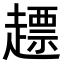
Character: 𧽤